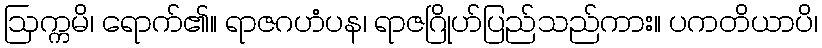
ဩက္ကမိ၊ ရောက်၏။ ရာဇဂဟံပန၊ ရာဇဂြိုဟ်ပြည်သည်ကား။ ပကတိယာပိ၊